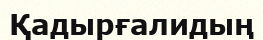
Қадырғалидың